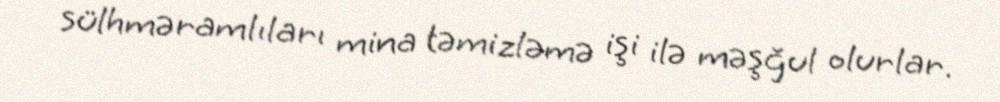
sülhməramlıları mina təmizləmə işi ilə məşğul olurlar.